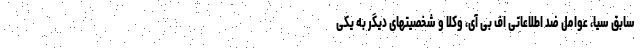
سابق سیا، عوامل ضد اطلاعاتی اف بی آی، وکلا و شخصیتهای دیگر به یکی